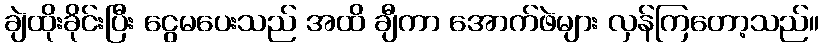
ချဲထိုးခိုင်းပြီး ငွေမပေးသည် အထိ ချီကာ အောက်ဖဲများ လှန်ကြတော့သည်။